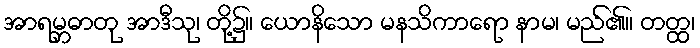
အာရမ္ဘဓာတု အာဒီသု၊ တို့၌။ ယောနိသော မနသိကာရော နာမ၊ မည်၏။ တတ္ထ၊